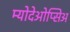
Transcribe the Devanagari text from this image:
म्योदेओप्सिअ